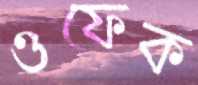
ওফেক